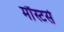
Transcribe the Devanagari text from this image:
मौंस्टर्स